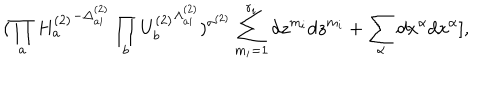
LaTeX: ( \prod _ { a } { H _ { a } ^ { ( 2 ) } } ^ { - \Delta _ { a i } ^ { ( 2 ) } } \prod _ { b } { U _ { b } ^ { ( 2 ) } } ^ { \Lambda _ { a i } ^ { ( 2 ) } } ) ^ { \sigma ^ { ( 2 ) } } \sum _ { m _ { i } = 1 } ^ { r _ { i } } d z ^ { m _ { i } } d z ^ { m _ { i } } + \sum _ { \alpha } d x ^ { \alpha } d x ^ { \alpha } ] ,